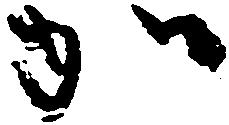
か